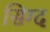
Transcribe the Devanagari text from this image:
सिग्द